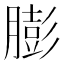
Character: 膨